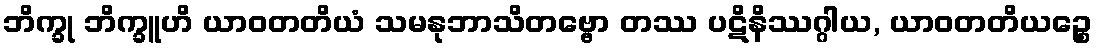
ဘိက္ခု ဘိက္ခူဟိ ယာဝတတိယံ သမနုဘာသိတဗ္ဗော တဿ ပဋိနိဿဂ္ဂါယ, ယာဝတတိယဉ္စေ